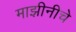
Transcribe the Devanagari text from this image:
माझीनीचे